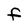
Character: F